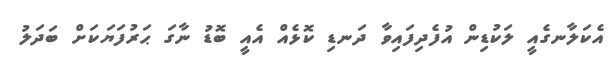
އެކަލާނގެއީ ލަކުޑިން އުފެދިފައިވާ ދަނޑި ކޮޅެއް އެއީ ބޮޑު ނާގަ ޙަރުފަޔަކަށް ބަދަލު